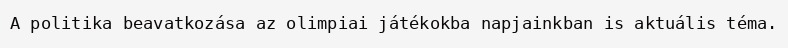
A politika beavatkozása az olimpiai játékokba napjainkban is aktuális téma.